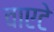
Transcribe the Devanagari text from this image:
वाएटे